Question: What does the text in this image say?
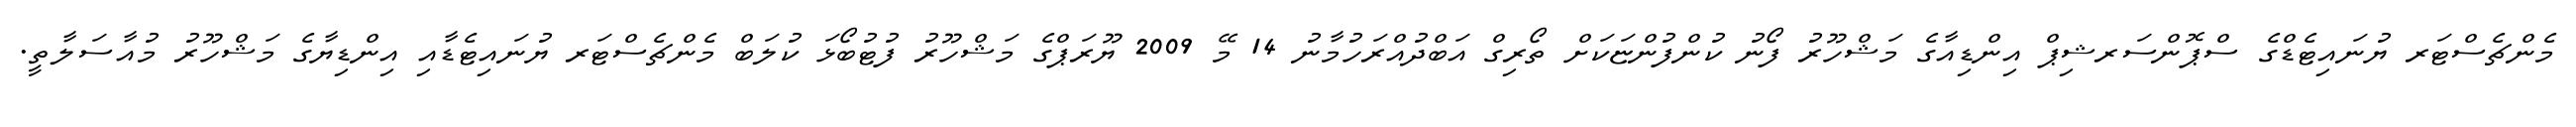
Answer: މެންޗެސްޓަރ ޔުނައިޓެޑްގެ ސްޕޮންސަރޝިޕް އިންޑިއާގެ މަޝްހޫރު ފޯނު ކުންފުންޏަކަށް ތޯރިގް އަބްދުއްރަހުމާނު 14 މޭ 2009 ޔޫރަޕްގެ މަޝްހޫރު ފުޓުބޯޅަ ކުލަބް މެންޗެސްޓަރ ޔުނައިޓެޑާއި އިންޑިޔާގެ މަޝްހޫރު މުއާސަލާތީ.